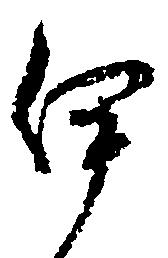
伊